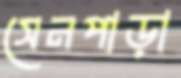
সেনপাড়া